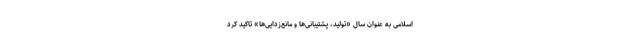
اسلامی به عنوان سال «تولید، پشتیبانی‌ها و مانع‌زدایی‌ها» تاکید کرد